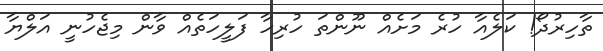
ތާހިރުދޯ! ކަލެއާ ހުރެ މަށެއް ނޫންތަ ހުރިހާ ފަލީހަތެއް ވާން މިޖެހުނީ އަލްޔާ